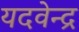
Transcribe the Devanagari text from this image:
यदवेन्द्र